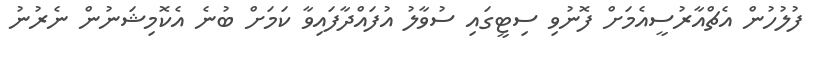
ފުލުހުން އެޗްއާރުސީއެމަށް ފޮނުވި ސިޓީގައި ސުވާލު އުފައްދާފައިވާ ކަމަށް ބުނެ އެކޮމިޝަނުން ނެރުނު